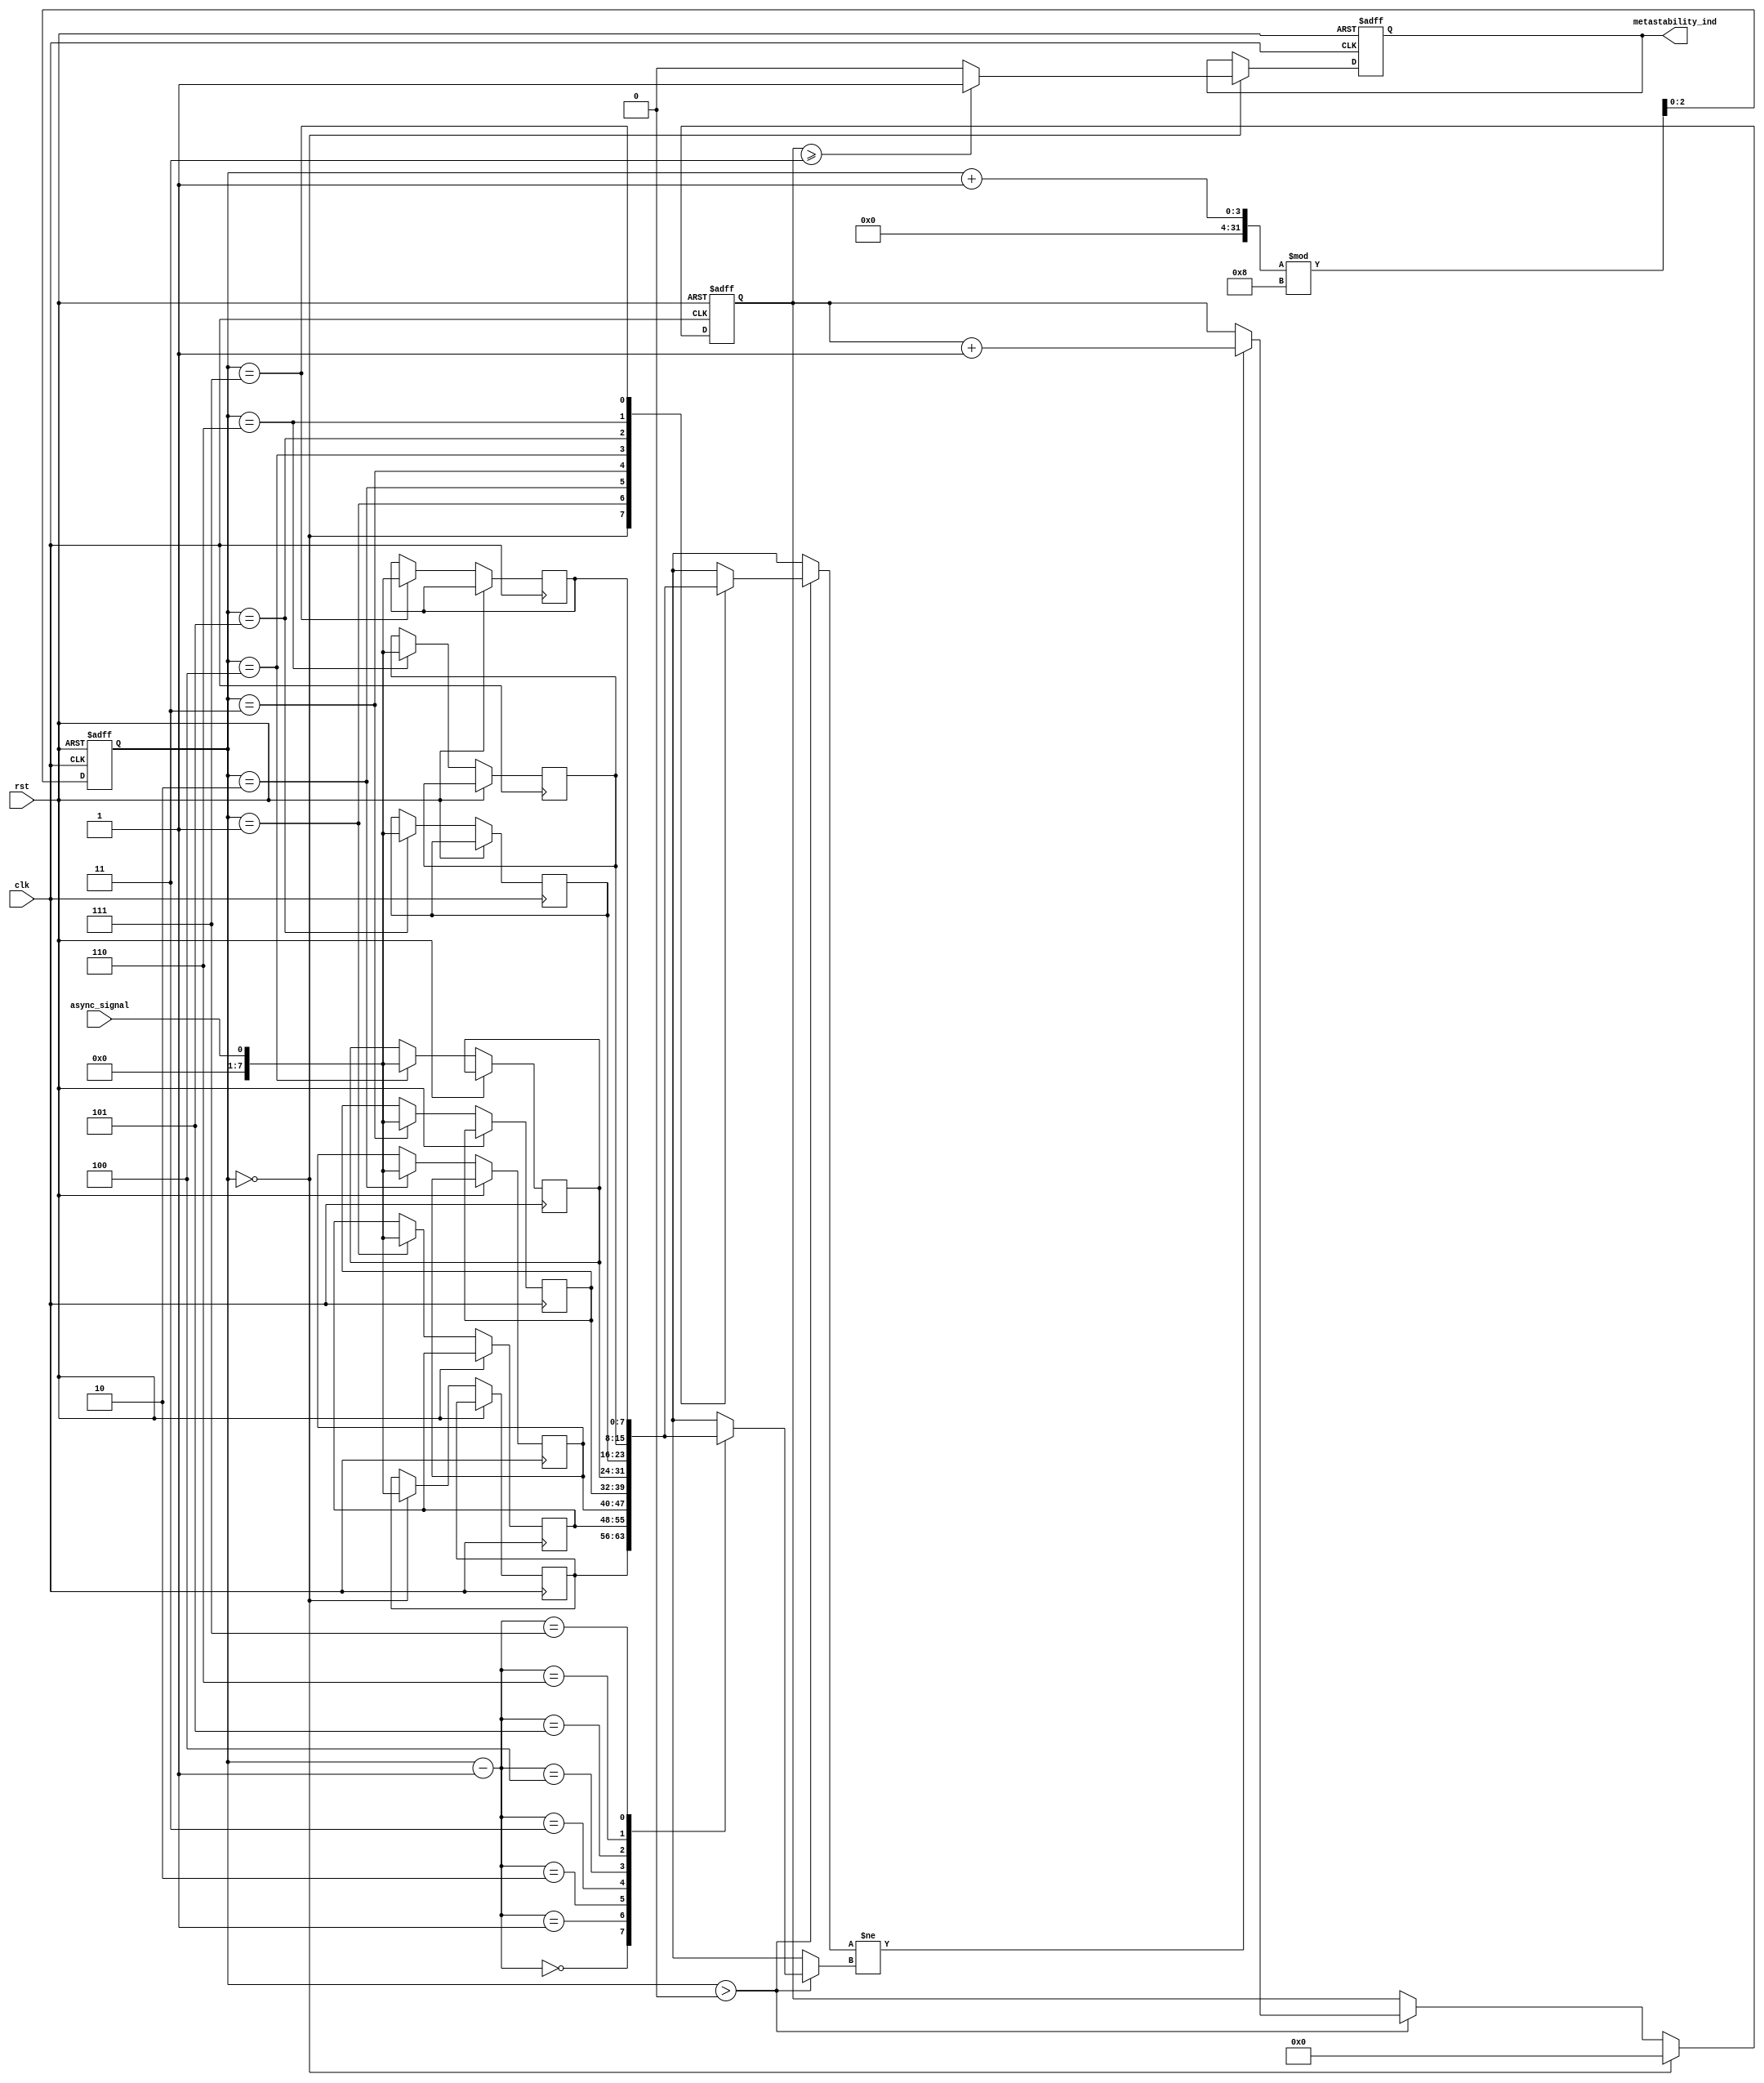
module MetastabilityDetector #(
    parameter NUM_SAMPLES = 8,  // Number of samples to be taken
    parameter THRESHOLD = 3      // Transition threshold for metastability detection
)(
    input wire clk,              // System clock
    input wire rst,              // Reset signal
    input wire async_signal,     // Asynchronous input signal to monitor
    output reg metastability_ind  // Metastability indication output
);
    // Storage for sampled values
    reg [NUM_SAMPLES-1:0] samples [0:NUM_SAMPLES-1];
    reg [NUM_SAMPLES-1:0] transition_count;
    reg [$clog2(NUM_SAMPLES)-1:0] index;

    // Reset condition
    always @(posedge clk or posedge rst) begin
        if (rst) begin
            metastability_ind <= 1'b0;
            transition_count <= 0;
            index <= 0;
        end else begin
            // Sampling mechanism: Capture the async signal on the clock edge
            samples[index] <= async_signal;

            // Detect transitions: Count the number of transitions in the samples
            if (index > 0) begin
                if (samples[index] != samples[index - 1]) begin
                    transition_count <= transition_count + 1;
                end
            end
            
            // Update index for next sample
            index <= (index + 1) % NUM_SAMPLES;

            // Check if we have wrapped around to the start of the samples
            if (index == 0) begin
                // If the transition count exceeds the threshold, indicate metastability
                if (transition_count >= THRESHOLD) begin
                    metastability_ind <= 1'b1;
                end else begin
                    metastability_ind <= 1'b0;
                end
                
                // Reset transition count for next window
                transition_count <= 0;
            end
        end
    end

endmodule